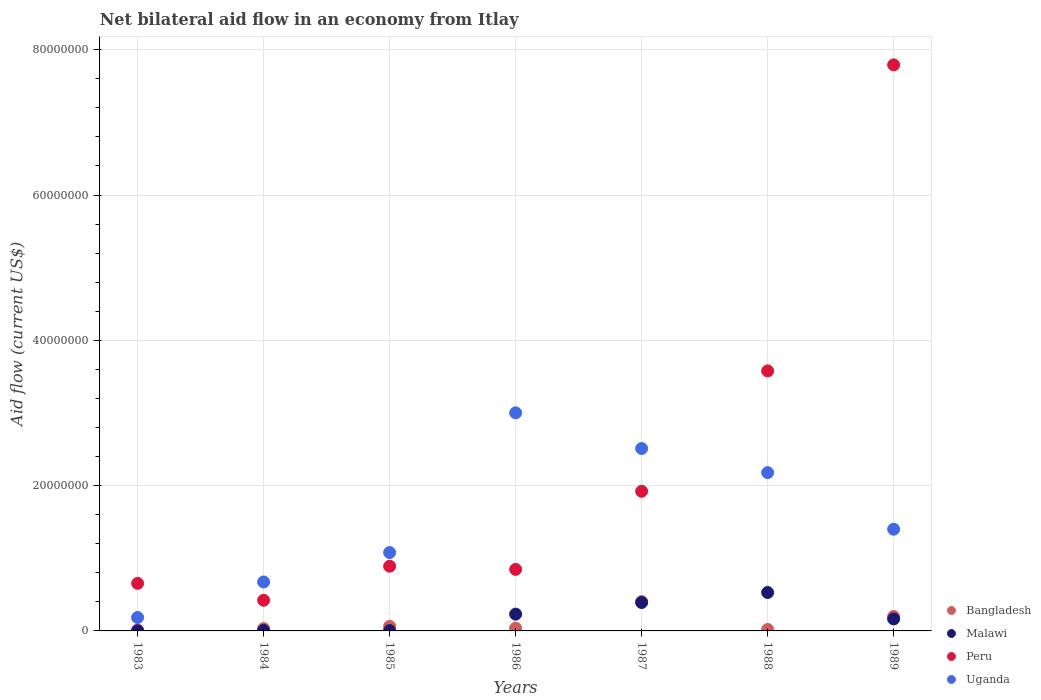
| Years | Bangladesh | Malawi | Peru | Uganda |
 | --- | --- | --- | --- | --- |
 | 1983 | 1.3e+05 | 2e+04 | 6.55e+06 | 1.85e+06 |
 | 1984 | 3.2e+05 | 7e+04 | 4.22e+06 | 6.74e+06 |
 | 1985 | 6.3e+05 | 5e+04 | 8.91e+06 | 1.08e+07 |
 | 1986 | 3.8e+05 | 2.31e+06 | 8.47e+06 | 3e+07 |
 | 1987 | 4.05e+06 | 3.91e+06 | 1.92e+07 | 2.51e+07 |
 | 1988 | 2e+05 | 5.29e+06 | 3.58e+07 | 2.18e+07 |
 | 1989 | 1.99e+06 | 1.65e+06 | 7.79e+07 | 1.4e+07 |